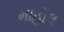
માહૌલ